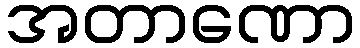
အတာဏော